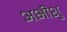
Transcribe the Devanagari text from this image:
अभीशु